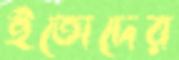
ইতোদের